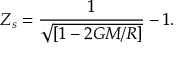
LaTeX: Z _ { s } = { \frac { 1 } { \sqrt { [ 1 - 2 G M / R ] } } } - 1 .